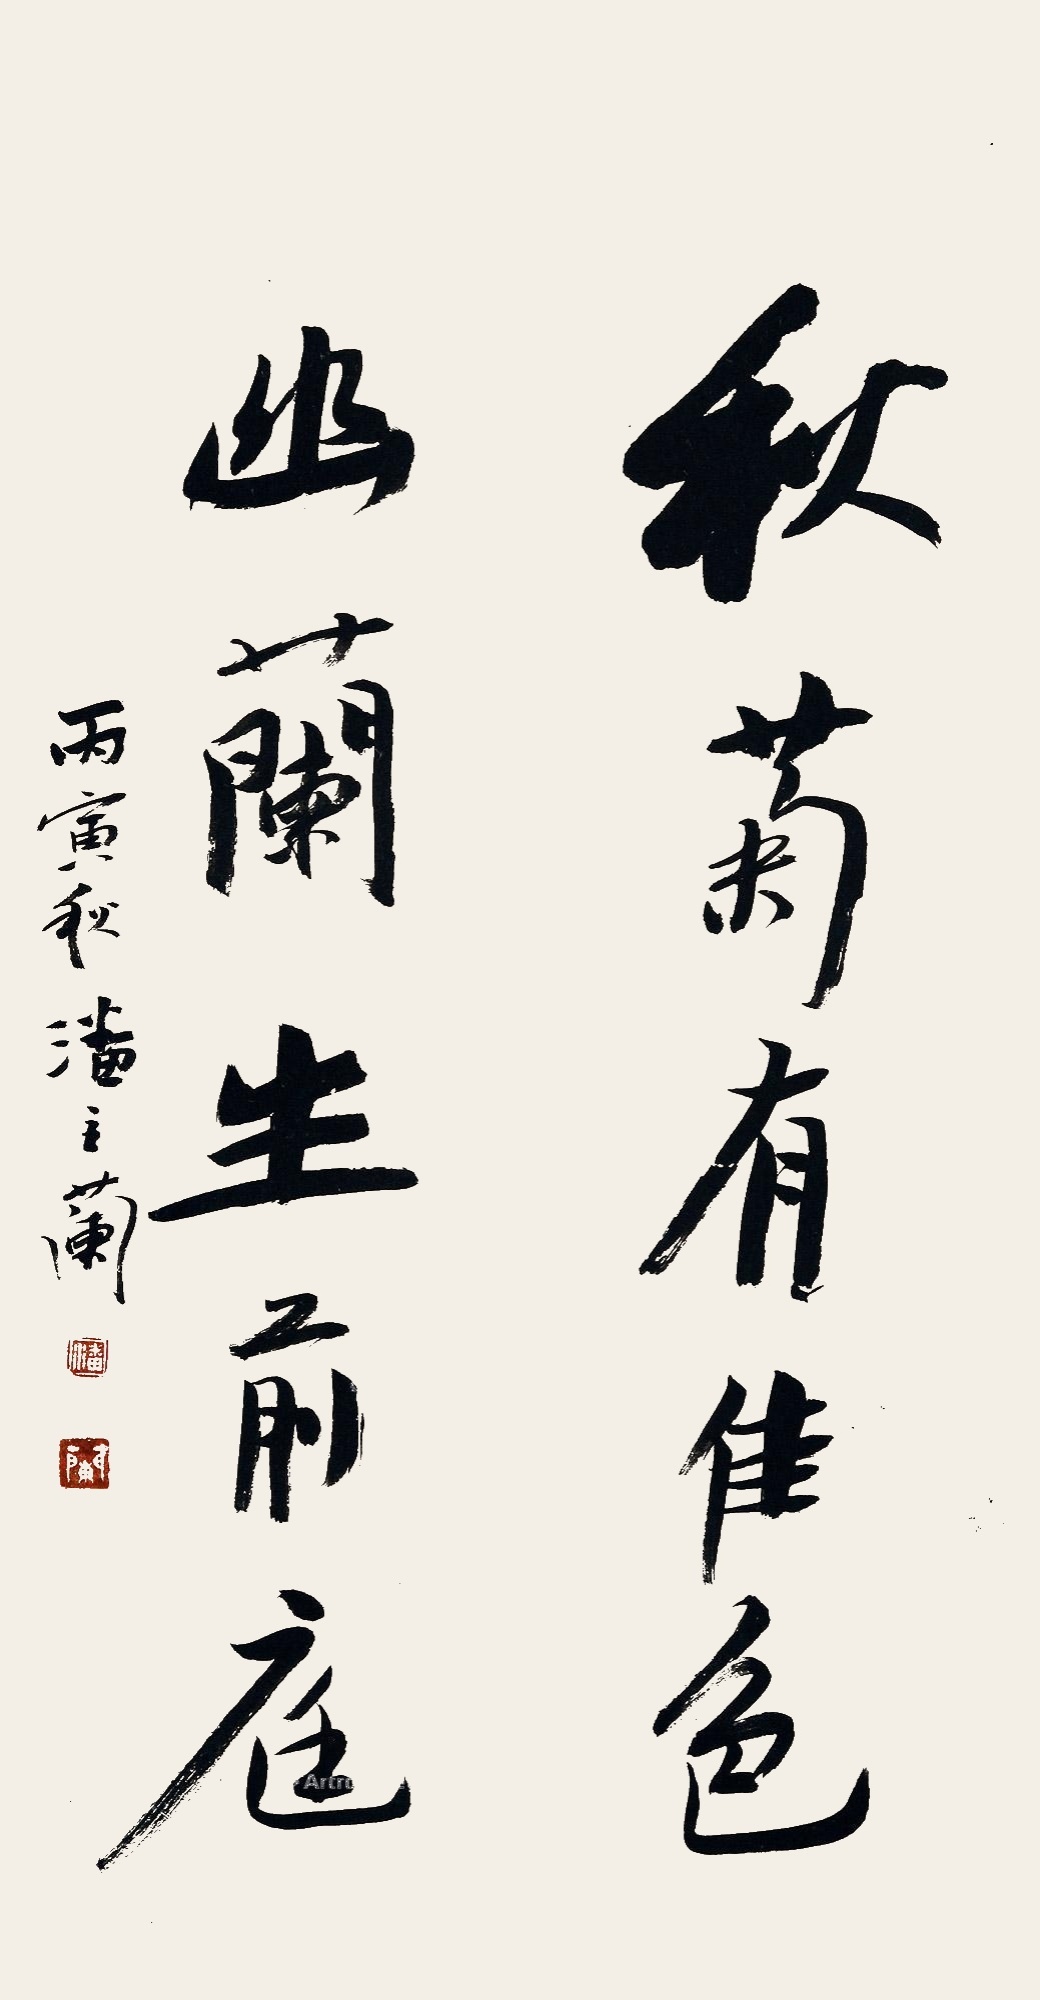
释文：秋菊有佳色，幽兰生前庭，丙寅秋潘主兰。